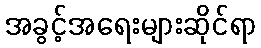
အခွင့်အရေးများဆိုင်ရာ